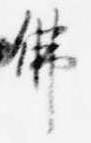
仏